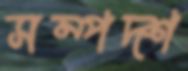
সম্পদ্‌শ